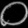
Digit: ၀